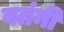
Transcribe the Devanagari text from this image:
वतंनी